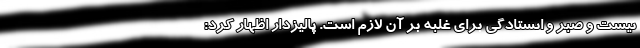
نیست و صبر و ایستادگی برای غلبه بر آن لازم است. پالیزدار اظهار کرد: